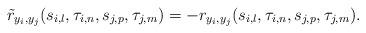
LaTeX: \begin{align*}\tilde r_{y_i,y_j}(s_{i,l},\tau_{i,n},s_{j,p},\tau_{j,m})= - r_{y_i,y_j}(s_{i,l},\tau_{i,n},s_{j,p},\tau_{j,m}).\end{align*}